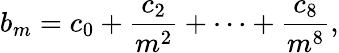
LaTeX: b_{m}=c_{0}+\frac{c_{2}}{m^{2}}+\cdots+\frac{c_{8}}{m^{8}},